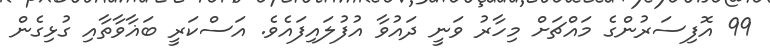
99 އޮފިސަރުންގެ މައްޗަށް މިހާރު ވަނީ ދައުވާ އުފުލައިފައެވެ. އަސްކަރީ ބަޣާވާތާއި ގުޅިގެން